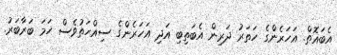
އެބައޮތް. އަހަރެންގެ ހަތަރު ދަރިން އެބަތިބި އަދި އަހަރެންގެ ސިއްހަތުވެސް ހަމަ ބަރާބަރު.